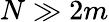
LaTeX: N\gg 2m